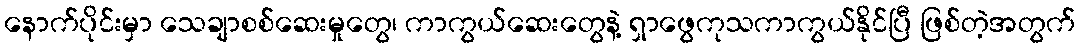
နောက်ပိုင်းမှာ သေချာစစ်ဆေးမှုတွေ၊ ကာကွယ်ဆေးတွေနဲ့ ရှာဖွေကုသကာကွယ်နိုင်ပြီ ဖြစ်တဲ့အတွက်